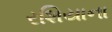
રશિયાના